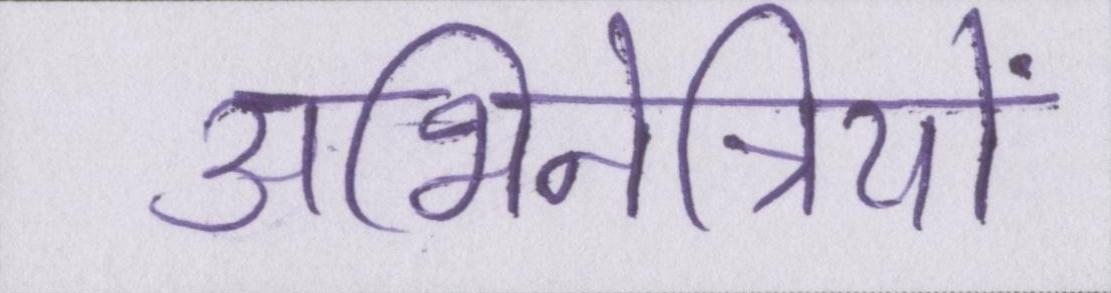
अभिनेत्रियों